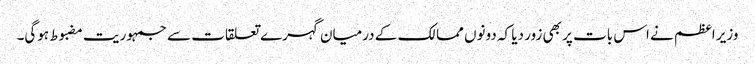
وزیر اعظم نے اس بات پر بھی زور دیا کہ دونوں ممالک کے درمیان گہرے تعلقات سے جمہوریت مضبوط ہوگی۔